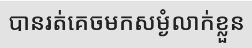
បានរត់គេចមកសម្ងំលាក់ខ្លួន